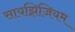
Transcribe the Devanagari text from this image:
सायझिजियम